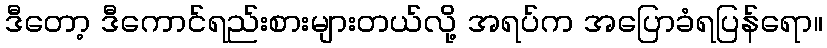
ဒီတော့ ဒီကောင်ရည်းစားများတယ်လို့ အရပ်က အပြောခံရပြန်ရော။